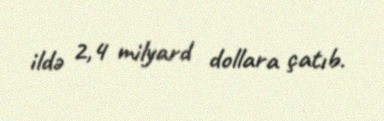
ildə 2,4 milyard dollara çatıb.